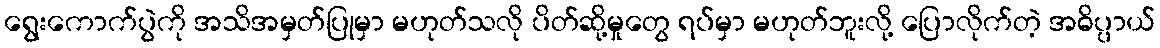
ရွေးကောက်ပွဲကို အသိအမှတ်ပြုမှာ မဟုတ်သလို ပိတ်ဆို့မှုတွေ ရပ်မှာ မဟုတ်ဘူးလို့ ပြောလိုက်တဲ့ အဓိပ္ပာယ်